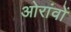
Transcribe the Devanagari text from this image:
ओरांवों